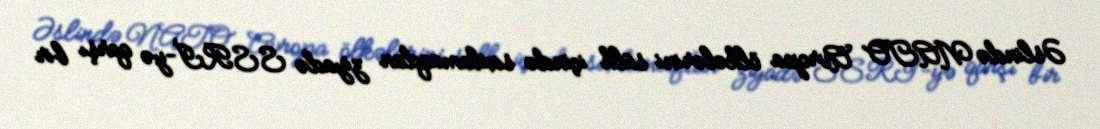
Əslində NATO Avropa ölkələrini sülh içində saxlamaqdan ziyadə SSRİ-yə qarşı bir